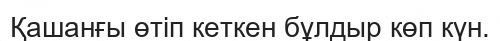
Қашанғы өтіп кеткен бұлдыр көп күн.